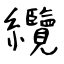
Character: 纜